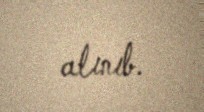
alınıb.